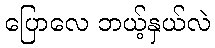
ပြောလေ ဘယ့်နှယ်လဲ